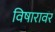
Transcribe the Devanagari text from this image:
विषारावर